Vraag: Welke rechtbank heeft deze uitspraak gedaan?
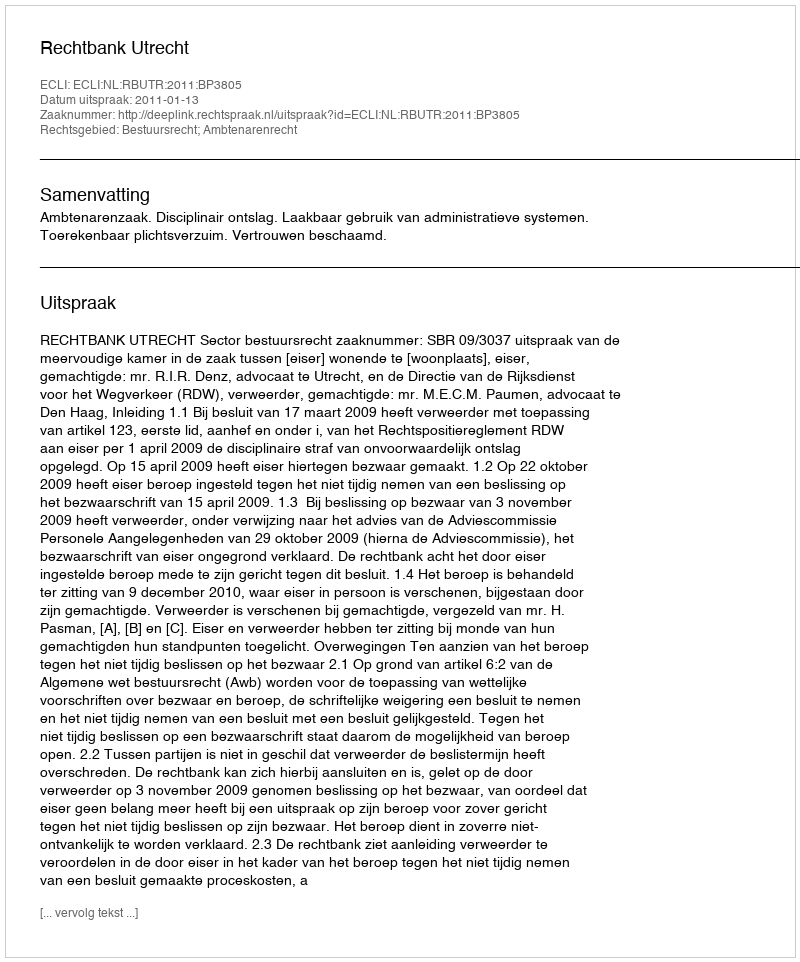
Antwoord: Rechtbank Utrecht